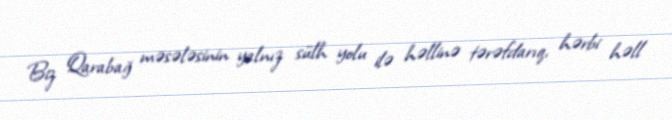
Biz Qarabağ məsələsinin yalnız sülh yolu ilə həllinə tərəfdarıq, hərbi həll